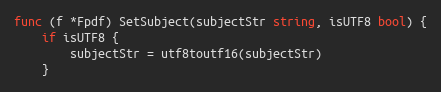
Language: Go
func (f *Fpdf) SetSubject(subjectStr string, isUTF8 bool) {
	if isUTF8 {
		subjectStr = utf8toutf16(subjectStr)
	}